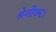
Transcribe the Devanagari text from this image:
श्रेणीव्म।